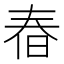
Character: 㫪